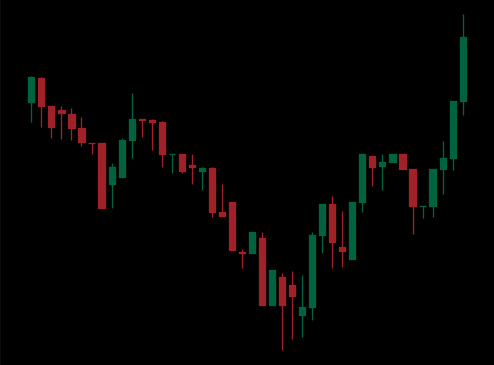
Pattern: inverse_head_shoulders